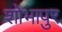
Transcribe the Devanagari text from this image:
शोभापुर